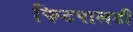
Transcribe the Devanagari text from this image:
फिटपालडी